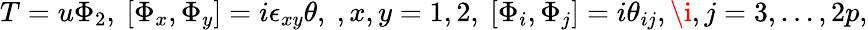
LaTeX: T=u\Phi_{2},\ [\Phi_{x},\Phi_{y}]=i\epsilon_{xy}\theta,\ ,x,y=1,2,\ [\Phi_{i},\Phi_{j}]=i\theta_{ij},\i,j=3,\dots,2p,